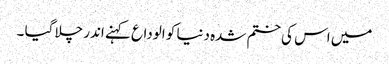
میں اس کی ختم شدہ دنیا کو الوداع کہنے اندر چلا گیا ۔